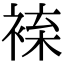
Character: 𧚦